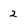
Character: 2